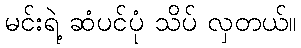
မင်းရဲ့ ဆံပင်ပုံ သိပ် လှတယ်။